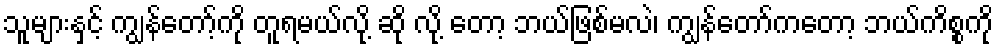
သူများနှင့် ကျွန်တော့်ကို တူရမယ်လို့ ဆို လို့ တော့ ဘယ်ဖြစ်မလဲ၊ ကျွန်တော်ကတော့ ဘယ်ကိစ္စကို